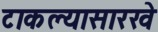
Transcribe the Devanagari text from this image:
टाकल्यासारखे